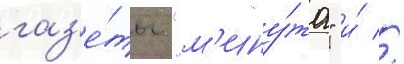
газ'е́ты "м'ину́та" и́ //